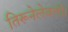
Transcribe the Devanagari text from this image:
तिरूनेलेवली।